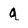
Character: q